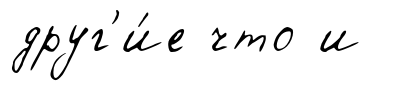
друг'и́е что и